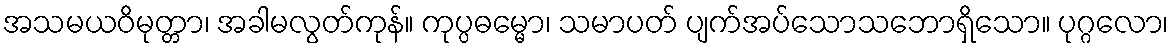
အသမယဝိမုတ္တာ၊ အခါမလွတ်ကုန်။ ကုပ္ပဓမ္မော၊ သမာပတ် ပျက်အပ်သောသဘောရှိသော။ ပုဂ္ဂလော၊